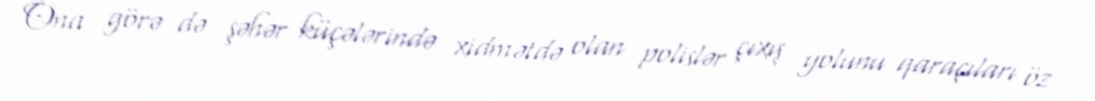
Ona görə də şəhər küçələrində xidmətdə olan polislər çıxış yolunu qaraçıları öz